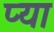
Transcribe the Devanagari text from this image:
प्या